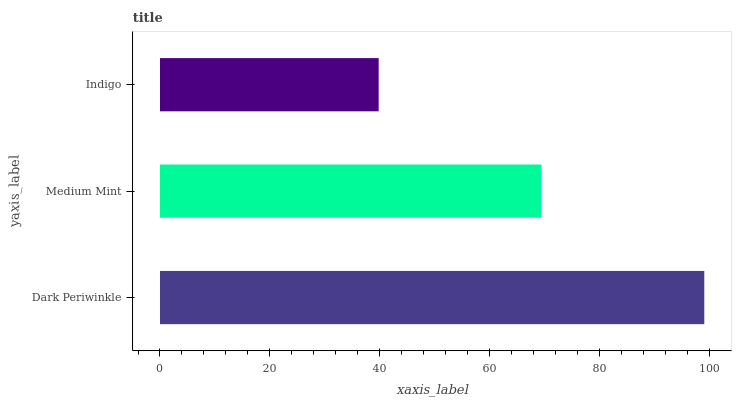
| yaxis_label | bars |
 | --- | --- |
 | Dark Periwinkle | 99 |
 | Medium Mint | 69.4 |
 | Indigo | 39.8 |